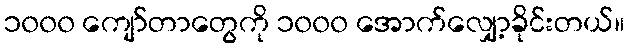
၁၀၀၀ ကျော်တာတွေကို ၁၀၀၀ အောက်လျှော့ခိုင်းတယ်။